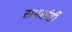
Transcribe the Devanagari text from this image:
सप्तखंडी